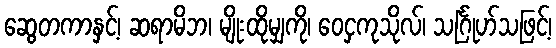
ဆွေတကာနှင့်၊ ဆရာမိဘ၊ မျိုးထိုမျှကို၊ ဝေငှကုသိုလ်၊ သင်္ဂြုဟ်သဖြင့်၊